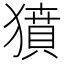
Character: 獖